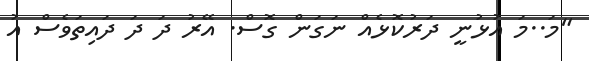
"މަ..މަ އުޅުނީ ދަރުކޮޅެއް ނަގަން ގޮސް. އޭރު ދަ ދަ ދައިތަވެސް އު